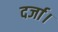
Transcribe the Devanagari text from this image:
दर्जा।